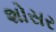
શોસર